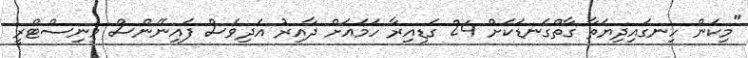
"މިކަން ހިނގައިދިޔަތާ ގާތްގަނޑަކަށް 24 ގަޑިއިރާ ހަމައަށް ދާއިރު އަދިވެސް ފައިނޭންސް މިނިސްޓްރީ